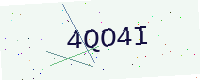
Text: 4QO4I